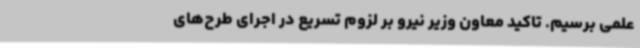
علمی برسیم. تاکید معاون وزیر نیرو بر لزوم تسریع در اجرای طرح‌های